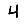
Digit: 4